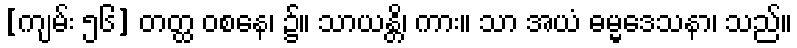
[ကျမ်း ၅၆] တတ္ထ ဝစနေ၊ ၌။ သာယန္တိ၊ ကား။ သာ အယံ ဓမ္မဒေသနာ၊ သည်။